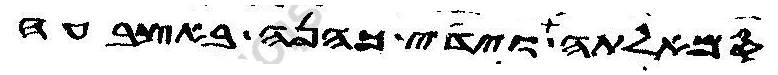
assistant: סמאלתה וידי כהנה באצבעה